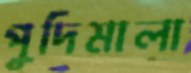
পুদিমালা